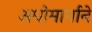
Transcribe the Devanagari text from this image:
अधोमार्गाने